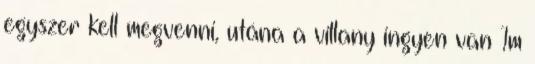
egyszer kell megvenni, utána a villany ingyen van 1m